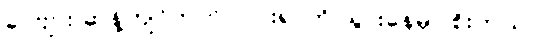
ခင်ဗျား ဆန့်ကျင်ဘက် လားရာကို သွားနေမှာ စိုးတယ်။